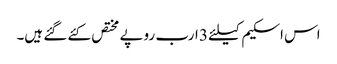
اس اسکیم کیلئے 3 ارب روپے مختص کئے گئے ہیں۔